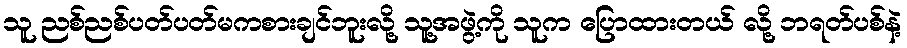
သူ ညစ်ညစ်ပတ်ပတ်မကစားချင်ဘူးလို့ သူ့အဖွဲ့ကို သူက ပြောထားတယ် လို့ ဘရတ်ပစ်နဲ့